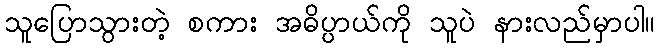
သူပြောသွားတဲ့ စကား အဓိပ္ပာယ်ကို သူပဲ နားလည်မှာပါ။